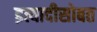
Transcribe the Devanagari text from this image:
इत्यादीसोबत